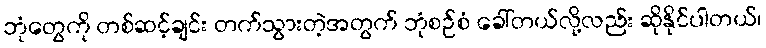
ဘုံတွေကို တစ်ဆင့်ချင်း တက်သွားတဲ့အတွက် ဘုံစဉ်စံ ခေါ်တယ်လို့လည်း ဆိုနိုင်ပါတယ်၊